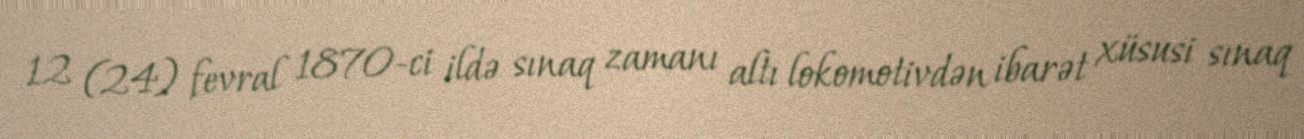
12 (24) fevral 1870-ci ildə sınaq zamanı altı lokomotivdən ibarət xüsusi sınaq